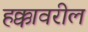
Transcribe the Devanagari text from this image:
हक्कावरील